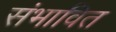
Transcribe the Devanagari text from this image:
संभावित